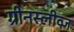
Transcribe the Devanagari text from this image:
ग्रीनस्लीव्ज़